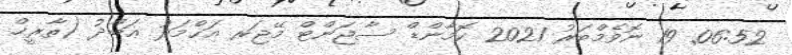
06:52